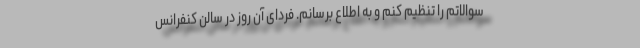
سوالاتم را تنظیم کنم و به اطلاع برسانم. فردای آن روز در سالن کنفرانس